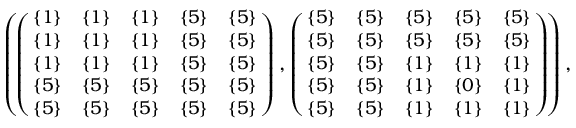
\begin{array} { r } { \small { \left( \! \left( \! \! \begin{array} { c c c c c } { \{ 1 \} } & { \{ 1 \} } & { \{ 1 \} } & { \{ 5 \} } & { \{ 5 \} } \\ { \{ 1 \} } & { \{ 1 \} } & { \{ 1 \} } & { \{ 5 \} } & { \{ 5 \} } \\ { \{ 1 \} } & { \{ 1 \} } & { \{ 1 \} } & { \{ 5 \} } & { \{ 5 \} } \\ { \{ 5 \} } & { \{ 5 \} } & { \{ 5 \} } & { \{ 5 \} } & { \{ 5 \} } \\ { \{ 5 \} } & { \{ 5 \} } & { \{ 5 \} } & { \{ 5 \} } & { \{ 5 \} } \end{array} \! \! \right) , \left( \! \! \begin{array} { c c c c c } { \{ 5 \} } & { \{ 5 \} } & { \{ 5 \} } & { \{ 5 \} } & { \{ 5 \} } \\ { \{ 5 \} } & { \{ 5 \} } & { \{ 5 \} } & { \{ 5 \} } & { \{ 5 \} } \\ { \{ 5 \} } & { \{ 5 \} } & { \{ 1 \} } & { \{ 1 \} } & { \{ 1 \} } \\ { \{ 5 \} } & { \{ 5 \} } & { \{ 1 \} } & { \{ 0 \} } & { \{ 1 \} } \\ { \{ 5 \} } & { \{ 5 \} } & { \{ 1 \} } & { \{ 1 \} } & { \{ 1 \} } \end{array} \! \! \right) \! \right) , } } \end{array}